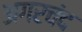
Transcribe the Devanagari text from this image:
अगरचंद